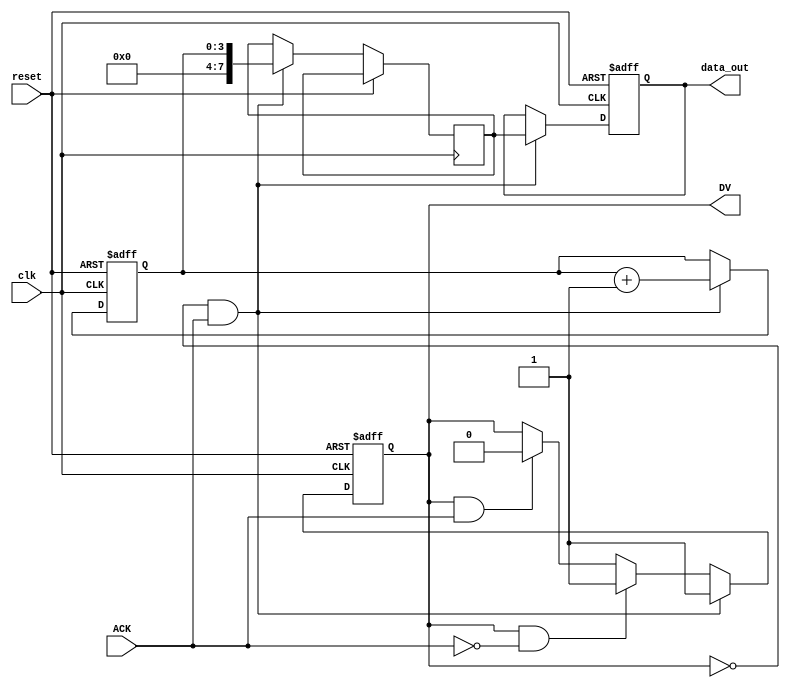
module producer(
    input wire clk,           // Local clock for producer (optional, if used for internal logic)
    input wire reset,         // Reset signal
    output reg [7:0] data_out, // Data output to consumer
    output reg DV,           // Data Valid signal
    input wire ACK           // Acknowledge signal from consumer
);

    reg [7:0] internal_data; // Internal data register
    reg [3:0] count;         // Counter to generate data

    always @(posedge clk or posedge reset) begin
        if (reset) begin
            count <= 0;
            DV <= 0;
            data_out <= 0;
        end else begin
            if (!DV && ACK) begin
                // Prepare next data
                internal_data <= count; // Example data generation
                data_out <= internal_data;
                DV <= 1; // Assert Data Valid
                count <= count + 1; // Increment count for next data
            end else if (DV && !ACK) begin
                // Wait for ACK
                DV <= 1; // Hold DV until ACK is received
            end else if (DV && ACK) begin
                // Acknowledge received, clear DV
                DV <= 0; // De-assert Data Valid
            end
        end
    end
endmodule